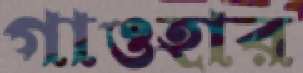
গাওহার